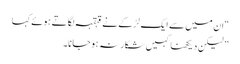
“ ان میں سے ایک لڑکے نے قہقہہ لگاتے ہوئے کہا
” لیکن دیکھنا کہیں شکار نہ ہوجانا۔